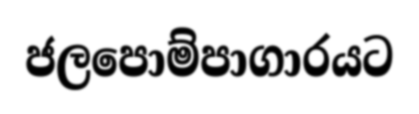
ජලපොම්පාගාරයට